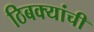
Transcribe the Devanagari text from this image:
ठिबक्यांची